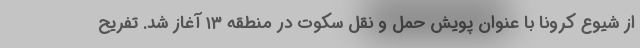
از شیوع کرونا با عنوان پویش حمل و نقل سکوت در منطقه ۱۳ آغاز شد. تفریح